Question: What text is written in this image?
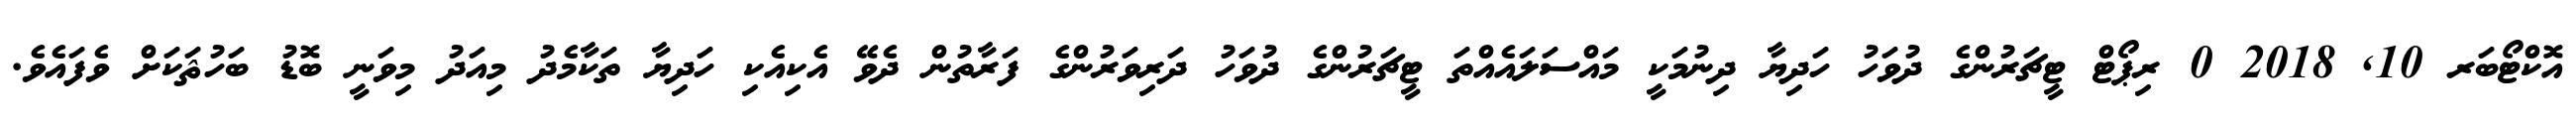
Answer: އޮކްޓޯބަރ 10, 2018 0 ރިޕޯޓް ޓީޗަރުންގެ ދުވަހު ހަދިޔާ ދިނުމަކީ މައްސަލައެއްތަ ޓީޗަރުންގެ ދުވަހު ދަރިވަރުންގެ ފަރާތުން ދެވޭ އެކިއެކި ހަދިޔާ ތަކާމެދު މިއަދު މިވަނީ ބޮޑު ބަހުޘަކަށް ވެފައެވެ.